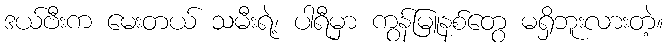
ဒယ်ဗီးက မေးတယ် သမီးရဲ့၊ ပါရီမှာ ကွန်မြူနစ်တွေ မရှိဘူးလားတဲ့။